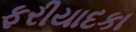
ફરીયાદકા